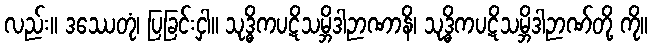
လည်း။ ဒဿေတုံ၊ ပြခြင်းငှါ။ သုဒ္ဓိကပဋိသမ္ဘိဒါဉာဏာနိ၊ သုဒ္ဓိကပဋိသမ္ဘိဒါဉာဏ်တို့ ကို။